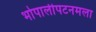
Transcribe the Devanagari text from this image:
भोपालीपटनमला